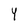
Character: Y